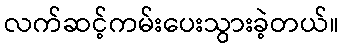
လက်ဆင့်ကမ်းပေးသွားခဲ့တယ်။